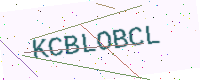
Text: KCBLOBCL